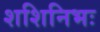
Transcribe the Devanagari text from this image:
शशिनिभः